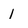
Character: l